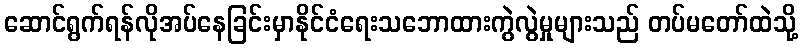
ဆောင်ရွက်ရန်လိုအပ်နေခြင်းမှာနိုင်ငံရေးသဘောထားကွဲလွဲမှုများသည် တပ်မတော်ထဲသို့